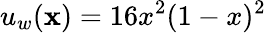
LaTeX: u_{w}(\mathbf{x})=16x^{2}(1-x)^{2}